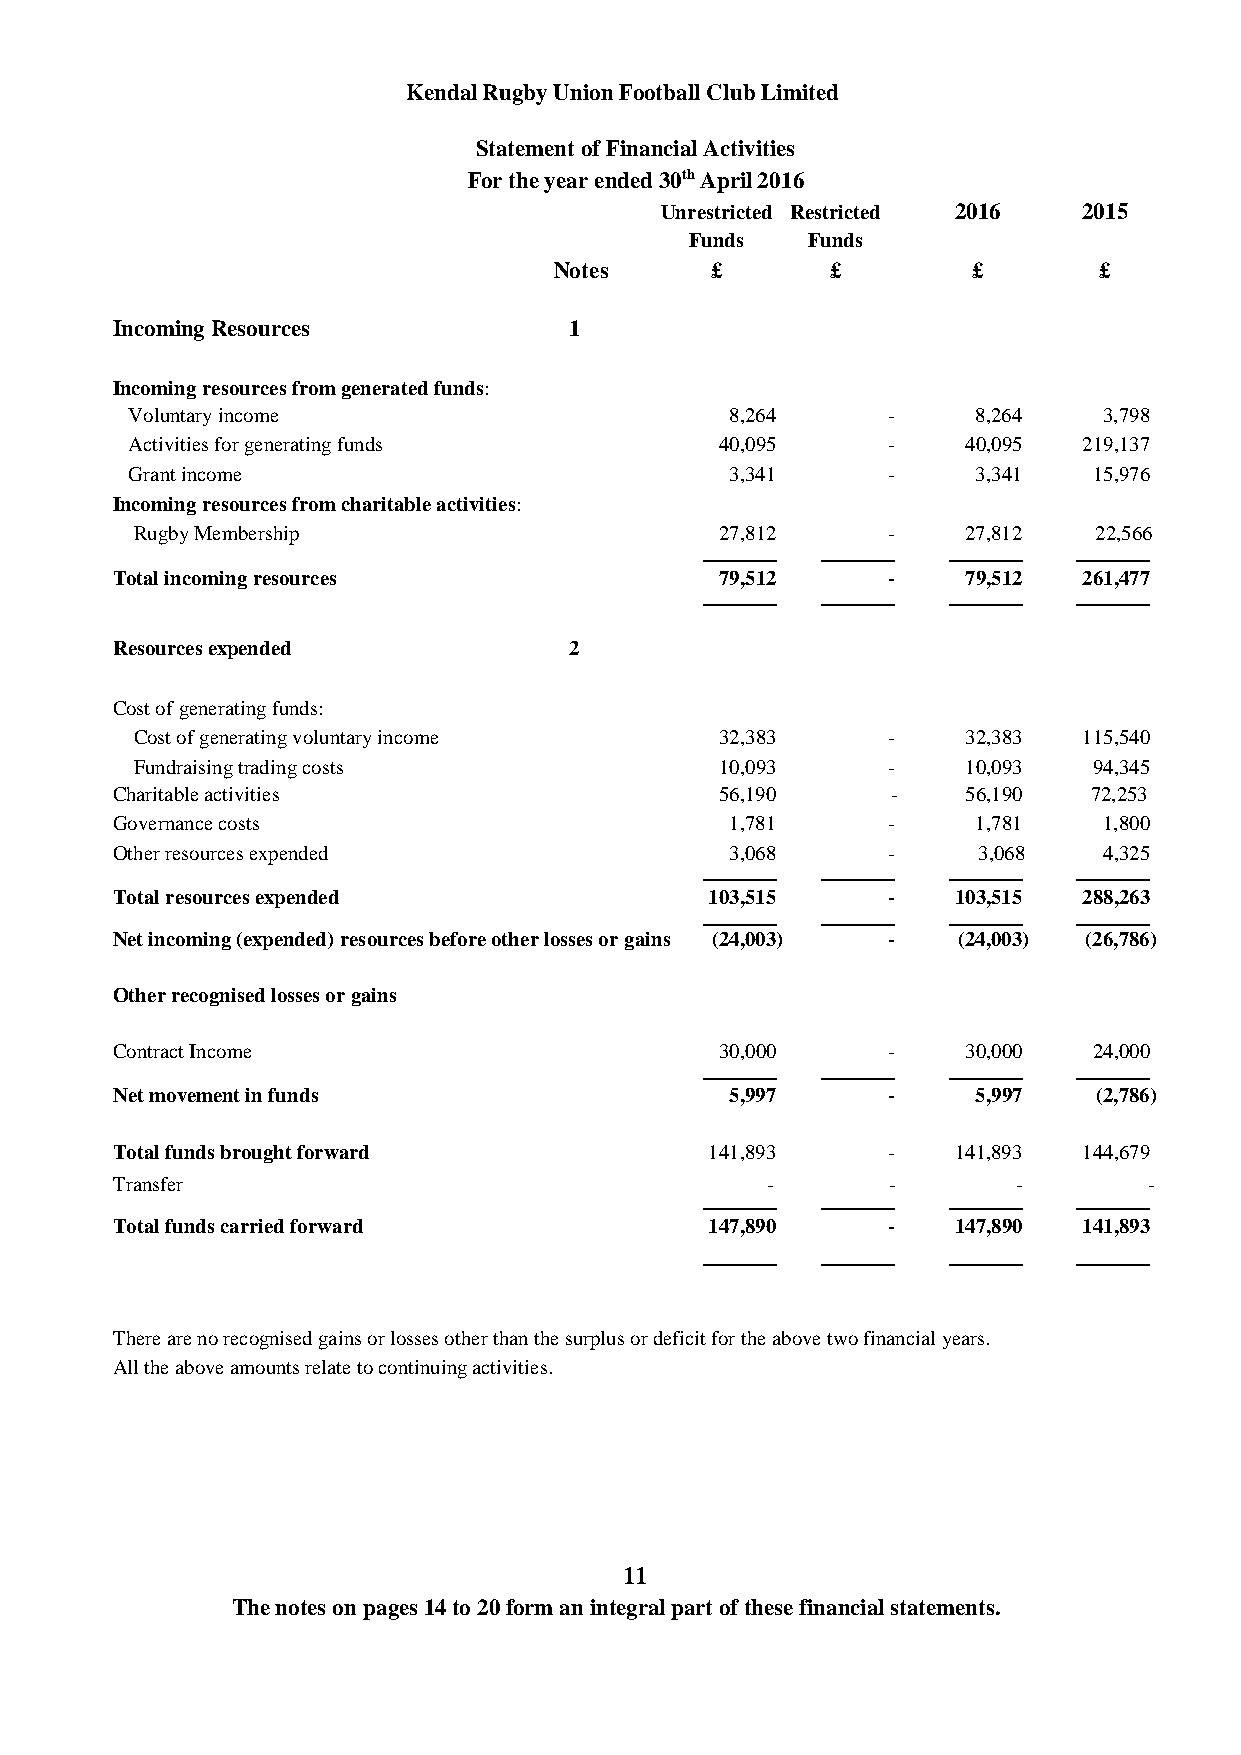
Kendal Rugby Union Football Club Limited
 Statement of Financial Activities
 For the year ended 30th April 2016
 Unrestricted Restricted 2016 2015
 Funds  Funds
 Notes     £       £        £        £
 Incoming Resources             1
 Incoming resources from generated funds:
 Voluntary income                        8,264      -     8,264   3,798
 Activities for generating funds         40,095     -    40,095  219,137
 Grant income                            3,341      -     3,341  15,976
 Incoming resources from charitable activities:
 Rugby Membership                       27,812     -    27,812  22,566
 _______ _______ _______ _______
 Total incoming resources                 79,512     -    79,512  261,477
 _______ _______ _______ _______
 Resources expended             2
 Cost of generating funds:
 Cost of generating voluntary income    32,383     -    32,383  115,540
 Fundraising trading costs              10,093     -    10,093  94,345
 Charitable activities                    56,190     -    56,190  72,253
 Governance costs                         1,781      -     1,781   1,800
 Other resources expended                 3,068      -     3,068   4,325
 _______ _______ _______ _______
 Total resources expended                103,515     -   103,515  288,263
 _______ _______ _______ _______
 Net incoming (expended) resources before other losses or gains (24,003) - (24,003) (26,786)
 Other recognised losses or gains
 Contract Income                          30,000     -    30,000  24,000
 _______ _______ _______ _______
 Net movement in funds                    5,997      -     5,997   (2,786)
 Total funds brought forward             141,893     -   141,893  144,679
 Transfer                                    -       -       -        -
 _______ _______ _______ _______
 Total funds carried forward             147,890     -   147,890  141,893
 _______ _______ _______ _______
 There are no recognised gains or losses other than the surplus or deficit for the above two financial years.
 All the above amounts relate to continuing activities.
 1 1
 The notes on pages 14 to 20 form an integral part of these financial statements.